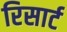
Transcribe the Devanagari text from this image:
रिसार्ट